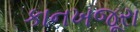
કાનખજૂરા